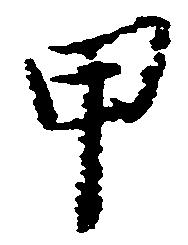
甲